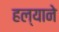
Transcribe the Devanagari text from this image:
हल्याने